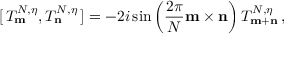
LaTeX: [ \, T _ { \bf m } ^ { N , \eta } , T _ { \bf n } ^ { N , \eta } \, ] = - 2 i \sin \left( \frac { 2 \pi } { N } { \bf m \times n } \right) T _ { \bf m + n } ^ { N , \eta } \, ,